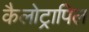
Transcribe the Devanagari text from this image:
कैलोट्रापिल